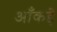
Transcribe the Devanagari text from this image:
आँकडे़